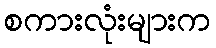
စကားလုံးများက